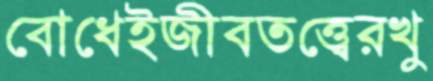
বোধেইজীবতত্ত্বেরখু